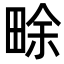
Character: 畭